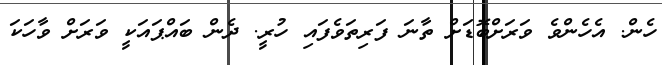
ހެން. އެހެންވެ ވަރަށްބޮޑަށް ތާނަ ފަރިތަވެފައި ހުރީ. ދެން ބައްޕައަކީ ވަރަށް ވާހަކަ